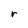
Character: r